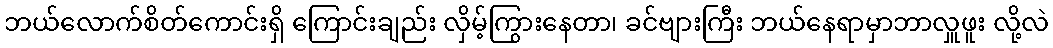
ဘယ်လောက်စိတ်ကောင်းရှိ ကြောင်းချည်း လှိမ့်ကြွားနေတာ၊ ခင်ဗျားကြီး ဘယ်နေရာမှာဘာလှူဖူး လို့လဲ